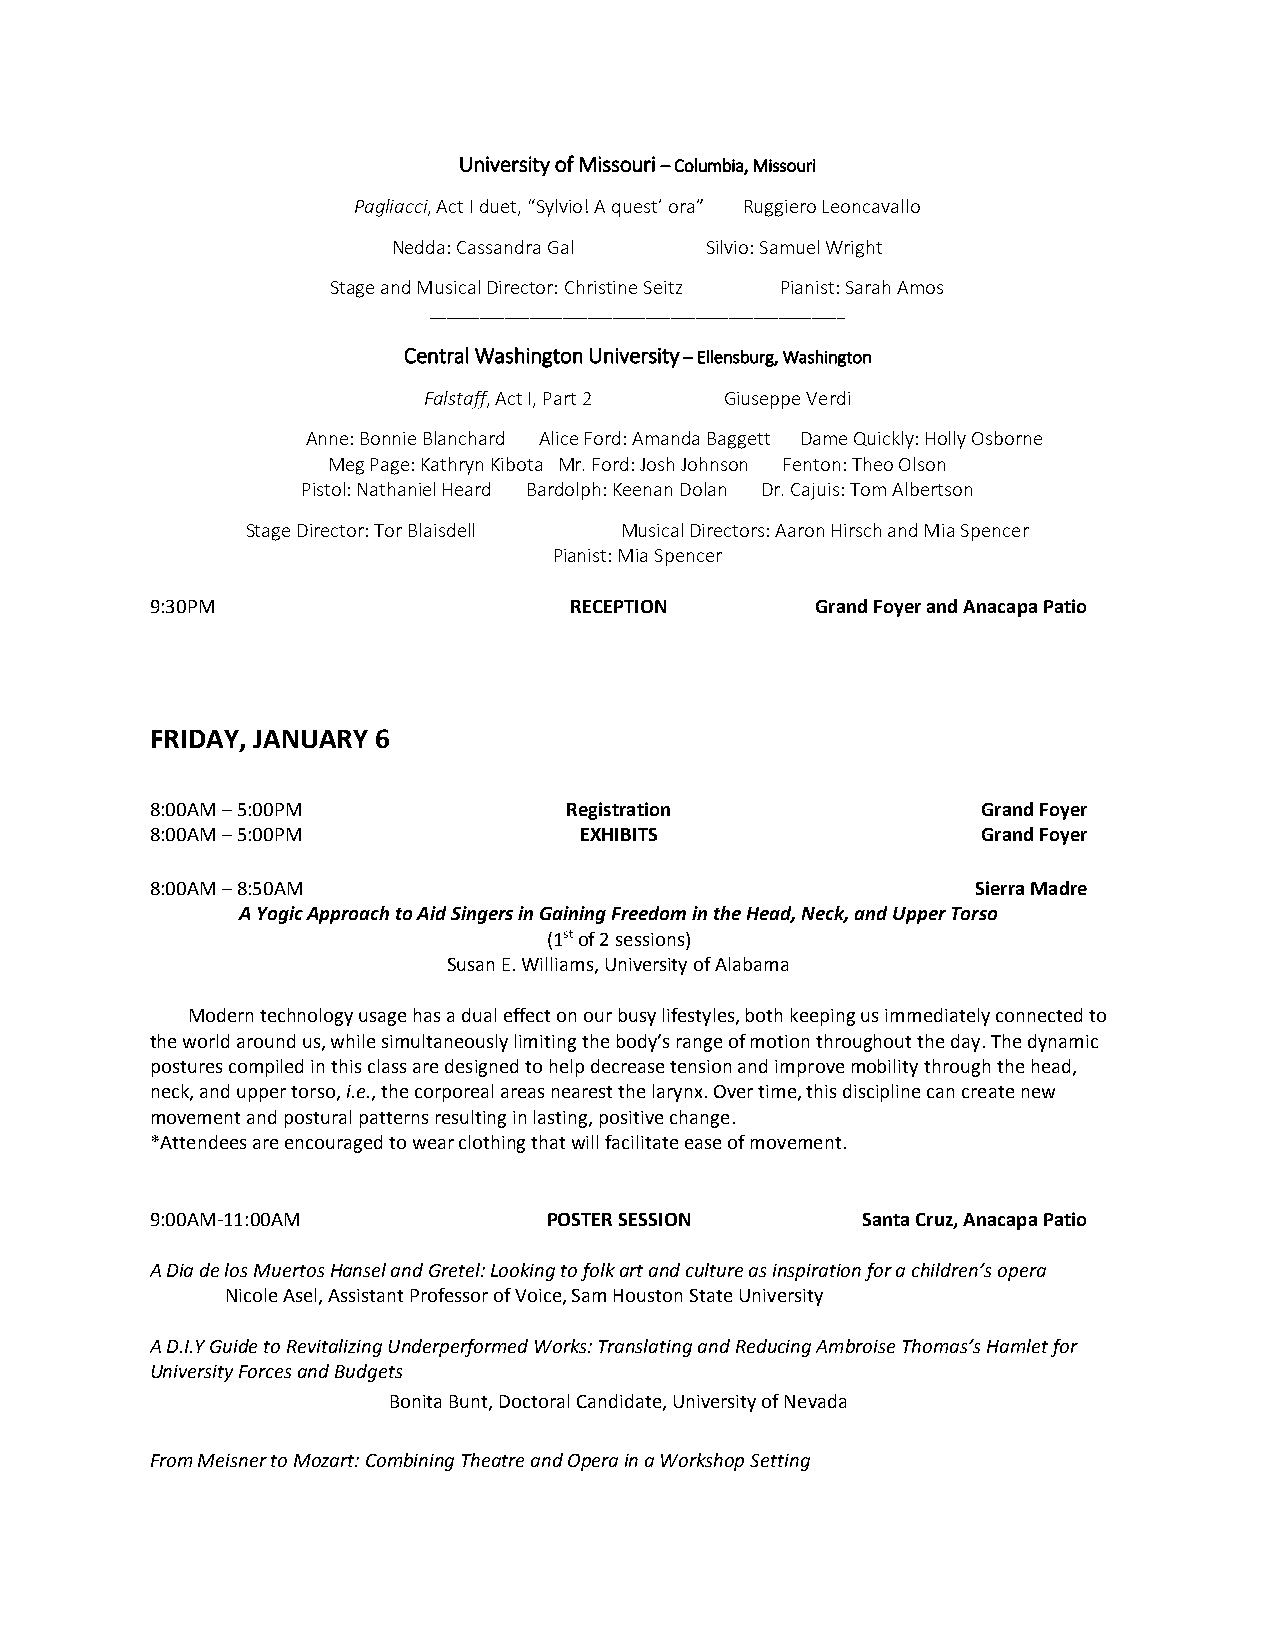
University of Missouri – Columbia, Missouri
 Pagliacci, Act I duet, “Sylvio! A quest’ ora” Ruggiero Leoncavallo
 Nedda: Cassandra Gal Silvio: Samuel Wright
 Stage and Musical Director: Christine Seitz Pianist: Sarah Amos
 __________________________________________________
 Central Washington University – Ellensburg, Washington
 Falstaff, Act I, Part 2 Giuseppe Verdi
 Anne: Bonnie Blanchard Alice Ford: Amanda Baggett Dame Quickly: Holly Osborne
 Meg Page: Kathryn Kibota Mr. Ford: Josh Johnson Fenton: Theo Olson
 Pistol: Nathaniel Heard Bardolph: Keenan Dolan Dr. Cajuis: Tom Albertson
 Stage Director: Tor Blaisdell Musical Directors: Aaron Hirsch and Mia Spencer
 Pianist: Mia Spencer
 9:30PM                      RECEPTION       Grand Foyer and Anacapa Patio
 FRIDAY, JANUARY 6
 8:00AM – 5:00PM            Registration                Grand Foyer
 8:00AM – 5:00PM             EXHIBITS                   Grand Foyer
 8:00AM – 8:50AM                                        Sierra Madre
 A Yogic Approach to Aid Singers in Gaining Freedom in the Head, Neck, and Upper Torso
 (1st of 2 sessions)
 Susan E. Williams, University of Alabama
 Modern technology usage has a dual effect on our busy lifestyles, both keeping us immediately connected to
 the world around us, while simultaneously limiting the body’s range of motion throughout the day. The dynamic
 postures compiled in this class are designed to help decrease tension and improve mobility through the head,
 neck, and upper torso, i.e., the corporeal areas nearest the larynx. Over time, this discipline can create new
 movement and postural patterns resulting in lasting, positive change.
 *Attendees are encouraged to wear clothing that will facilitate ease of movement.
 9:00AM-11:00AM            POSTER SESSION       Santa Cruz, Anacapa Patio
 A Dia de los Muertos Hansel and Gretel: Looking to folk art and culture as inspiration for a children’s opera
 Nicole Asel, Assistant Professor of Voice, Sam Houston State University
 A D.I.Y Guide to Revitalizing Underperformed Works: Translating and Reducing Ambroise Thomas’s Hamlet for
 University Forces and Budgets
 Bonita Bunt, Doctoral Candidate, University of Nevada
 From Meisner to Mozart: Combining Theatre and Opera in a Workshop Setting